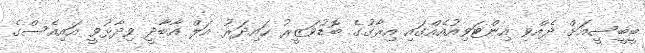
ބީބީސީއަށް ދެއްވި އިންޓަވިއުއެއްގައި އިރާގުގެ ބޮޑުވަޒީރު ހައިދަރު އަލް އާބާދީ ވިދާޅުވީ އައިއެސްގެ